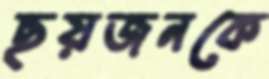
ছয়জনকে